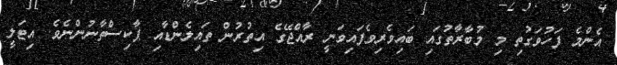
އެންމެ ފަހުވަގުތި މި މުބާރާތުގައި ބައިވެރިވެފައިވަނީ ރާއްޖޭގެ އިތުރުން ތައިލެންޑާއި ޕާކިސްތާނުންނެވެ. އިޓަލީ